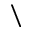
\backslash